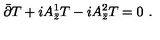
\bar { \partial } T + i A _ { \bar { z } } ^ { 1 } T - i A _ { \bar { z } } ^ { 2 } T = 0 \ .